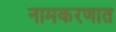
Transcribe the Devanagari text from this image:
नामकरणात